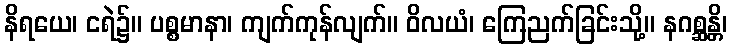
နိရယေ၊ ငရဲ၌။ ပစ္စမာနာ၊ ကျက်ကုန်လျက်။ ဝိလယံ၊ ကြေညက်ခြင်းသို့။ နဂစ္ဆန္တိ၊